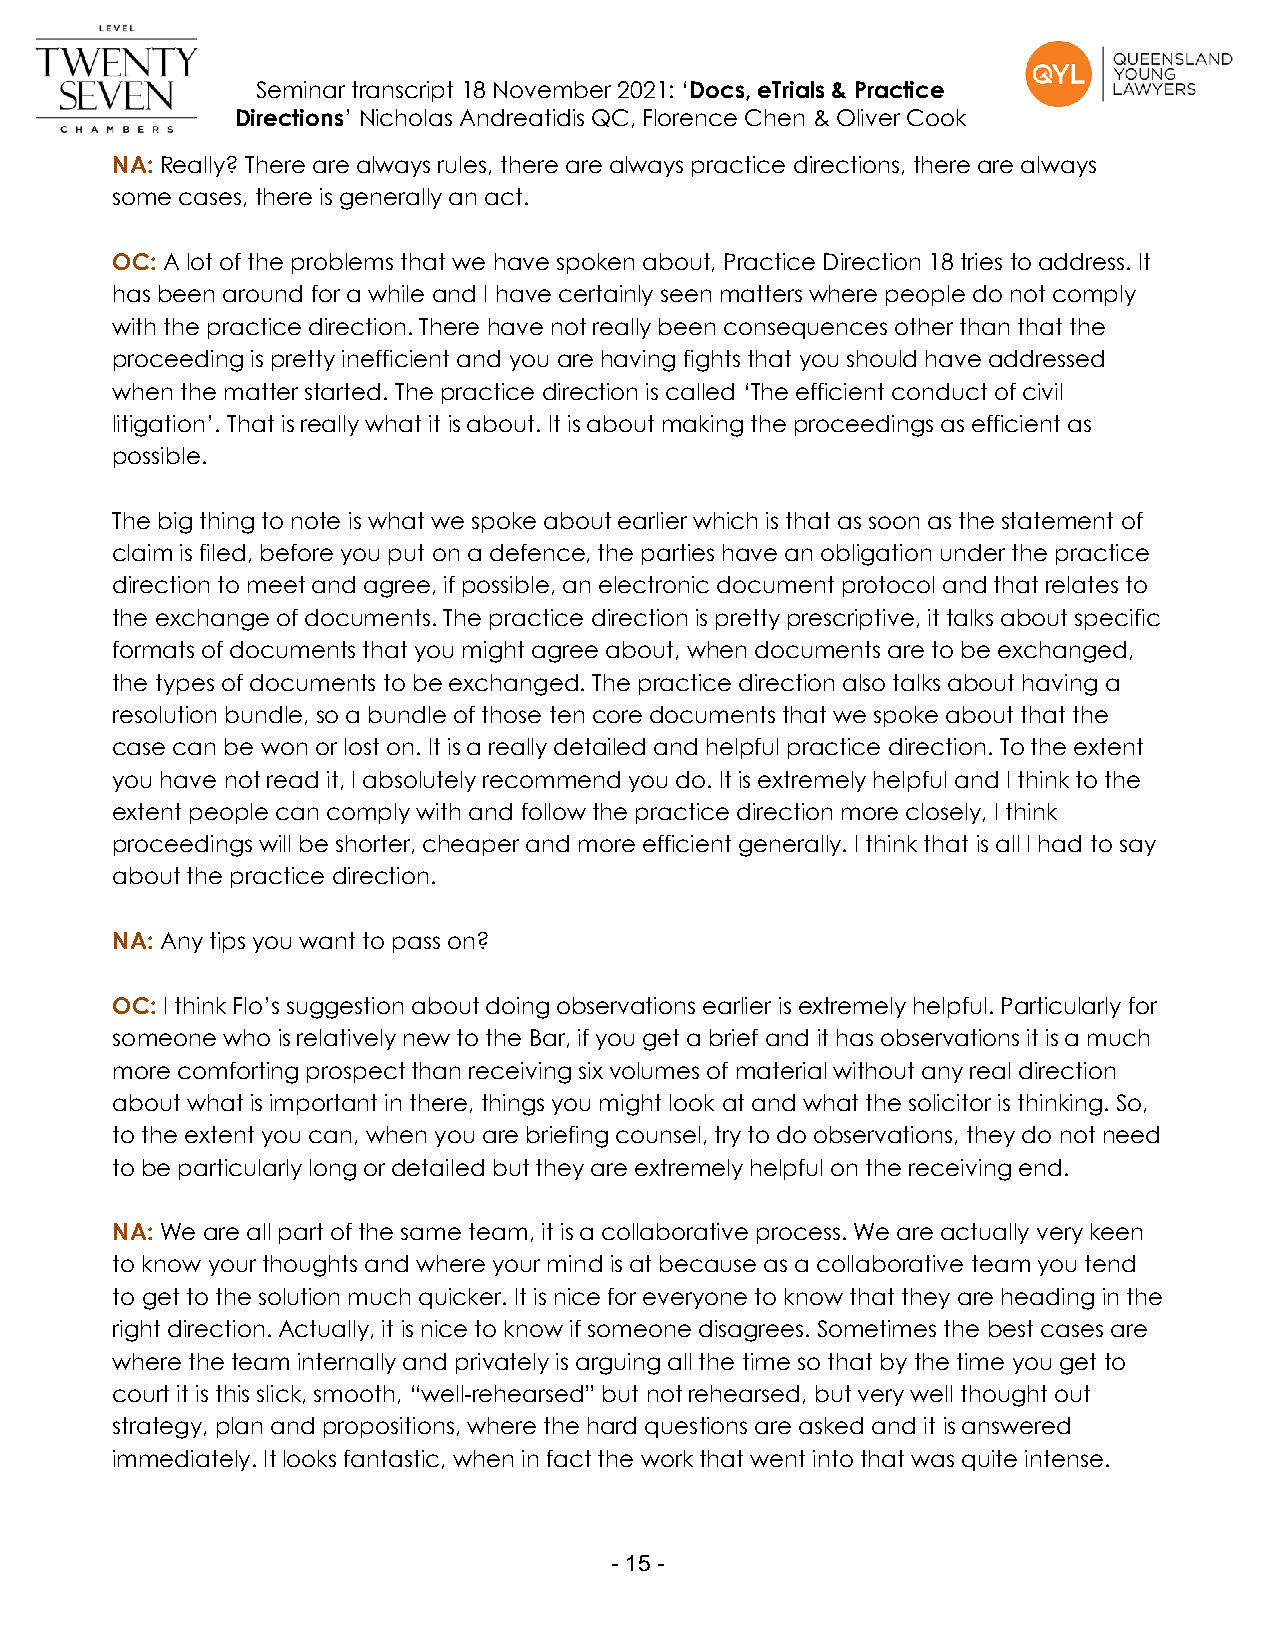
Seminar transcript 18 November 2021: ‘Docs, eTrials & Practice
 Directions’ Nicholas Andreatidis QC, Florence Chen & Oliver Cook
 NA: Really? There are always rules, there are always practice directions, there are always
 some cases, there is generally an act.
 OC: A lot of the problems that we have spoken about, Practice Direction 18 tries to address. It
 has been around for a while and I have certainly seen matters where people do not comply
 with the practice direction. There have not really been consequences other than that the
 proceeding is pretty inefficient and you are having fights that you should have addressed
 when the matter started. The practice direction is called ‘The efficient conduct of civil
 litigation’. That is really what it is about. It is about making the proceedings as efficient as
 possible.
 The big thing to note is what we spoke about earlier which is that as soon as the statement of
 claim is filed, before you put on a defence, the parties have an obligation under the practice
 direction to meet and agree, if possible, an electronic document protocol and that relates to
 the exchange of documents. The practice direction is pretty prescriptive, it talks about specific
 formats of documents that you might agree about, when documents are to be exchanged,
 the types of documents to be exchanged. The practice direction also talks about having a
 resolution bundle, so a bundle of those ten core documents that we spoke about that the
 case can be won or lost on. It is a really detailed and helpful practice direction. To the extent
 you have not read it, I absolutely recommend you do. It is extremely helpful and I think to the
 extent people can comply with and follow the practice direction more closely, I think
 proceedings will be shorter, cheaper and more efficient generally. I think that is all I had to say
 about the practice direction.
 NA: Any tips you want to pass on?
 OC: I think Flo’s suggestion about doing observations earlier is extremely helpful. Particularly for
 someone who is relatively new to the Bar, if you get a brief and it has observations it is a much
 more comforting prospect than receiving six volumes of material without any real direction
 about what is important in there, things you might look at and what the solicitor is thinking. So,
 to the extent you can, when you are briefing counsel, try to do observations, they do not need
 to be particularly long or detailed but they are extremely helpful on the receiving end.
 NA: We are all part of the same team, it is a collaborative process. We are actually very keen
 to know your thoughts and where your mind is at because as a collaborative team you tend
 to get to the solution much quicker. It is nice for everyone to know that they are heading in the
 right direction. Actually, it is nice to know if someone disagrees. Sometimes the best cases are
 where the team internally and privately is arguing all the time so that by the time you get to
 court it is this slick, smooth, “well-rehearsed” but not rehearsed, but very well thought out
 strategy, plan and propositions, where the hard questions are asked and it is answered
 immediately. It looks fantastic, when in fact the work that went into that was quite intense.
 - 1 5 -